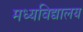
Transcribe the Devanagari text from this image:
मध्यविद्यालय